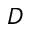
D